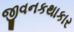
જીવનકથાકાર